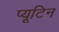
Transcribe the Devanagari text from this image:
प्यूटिन